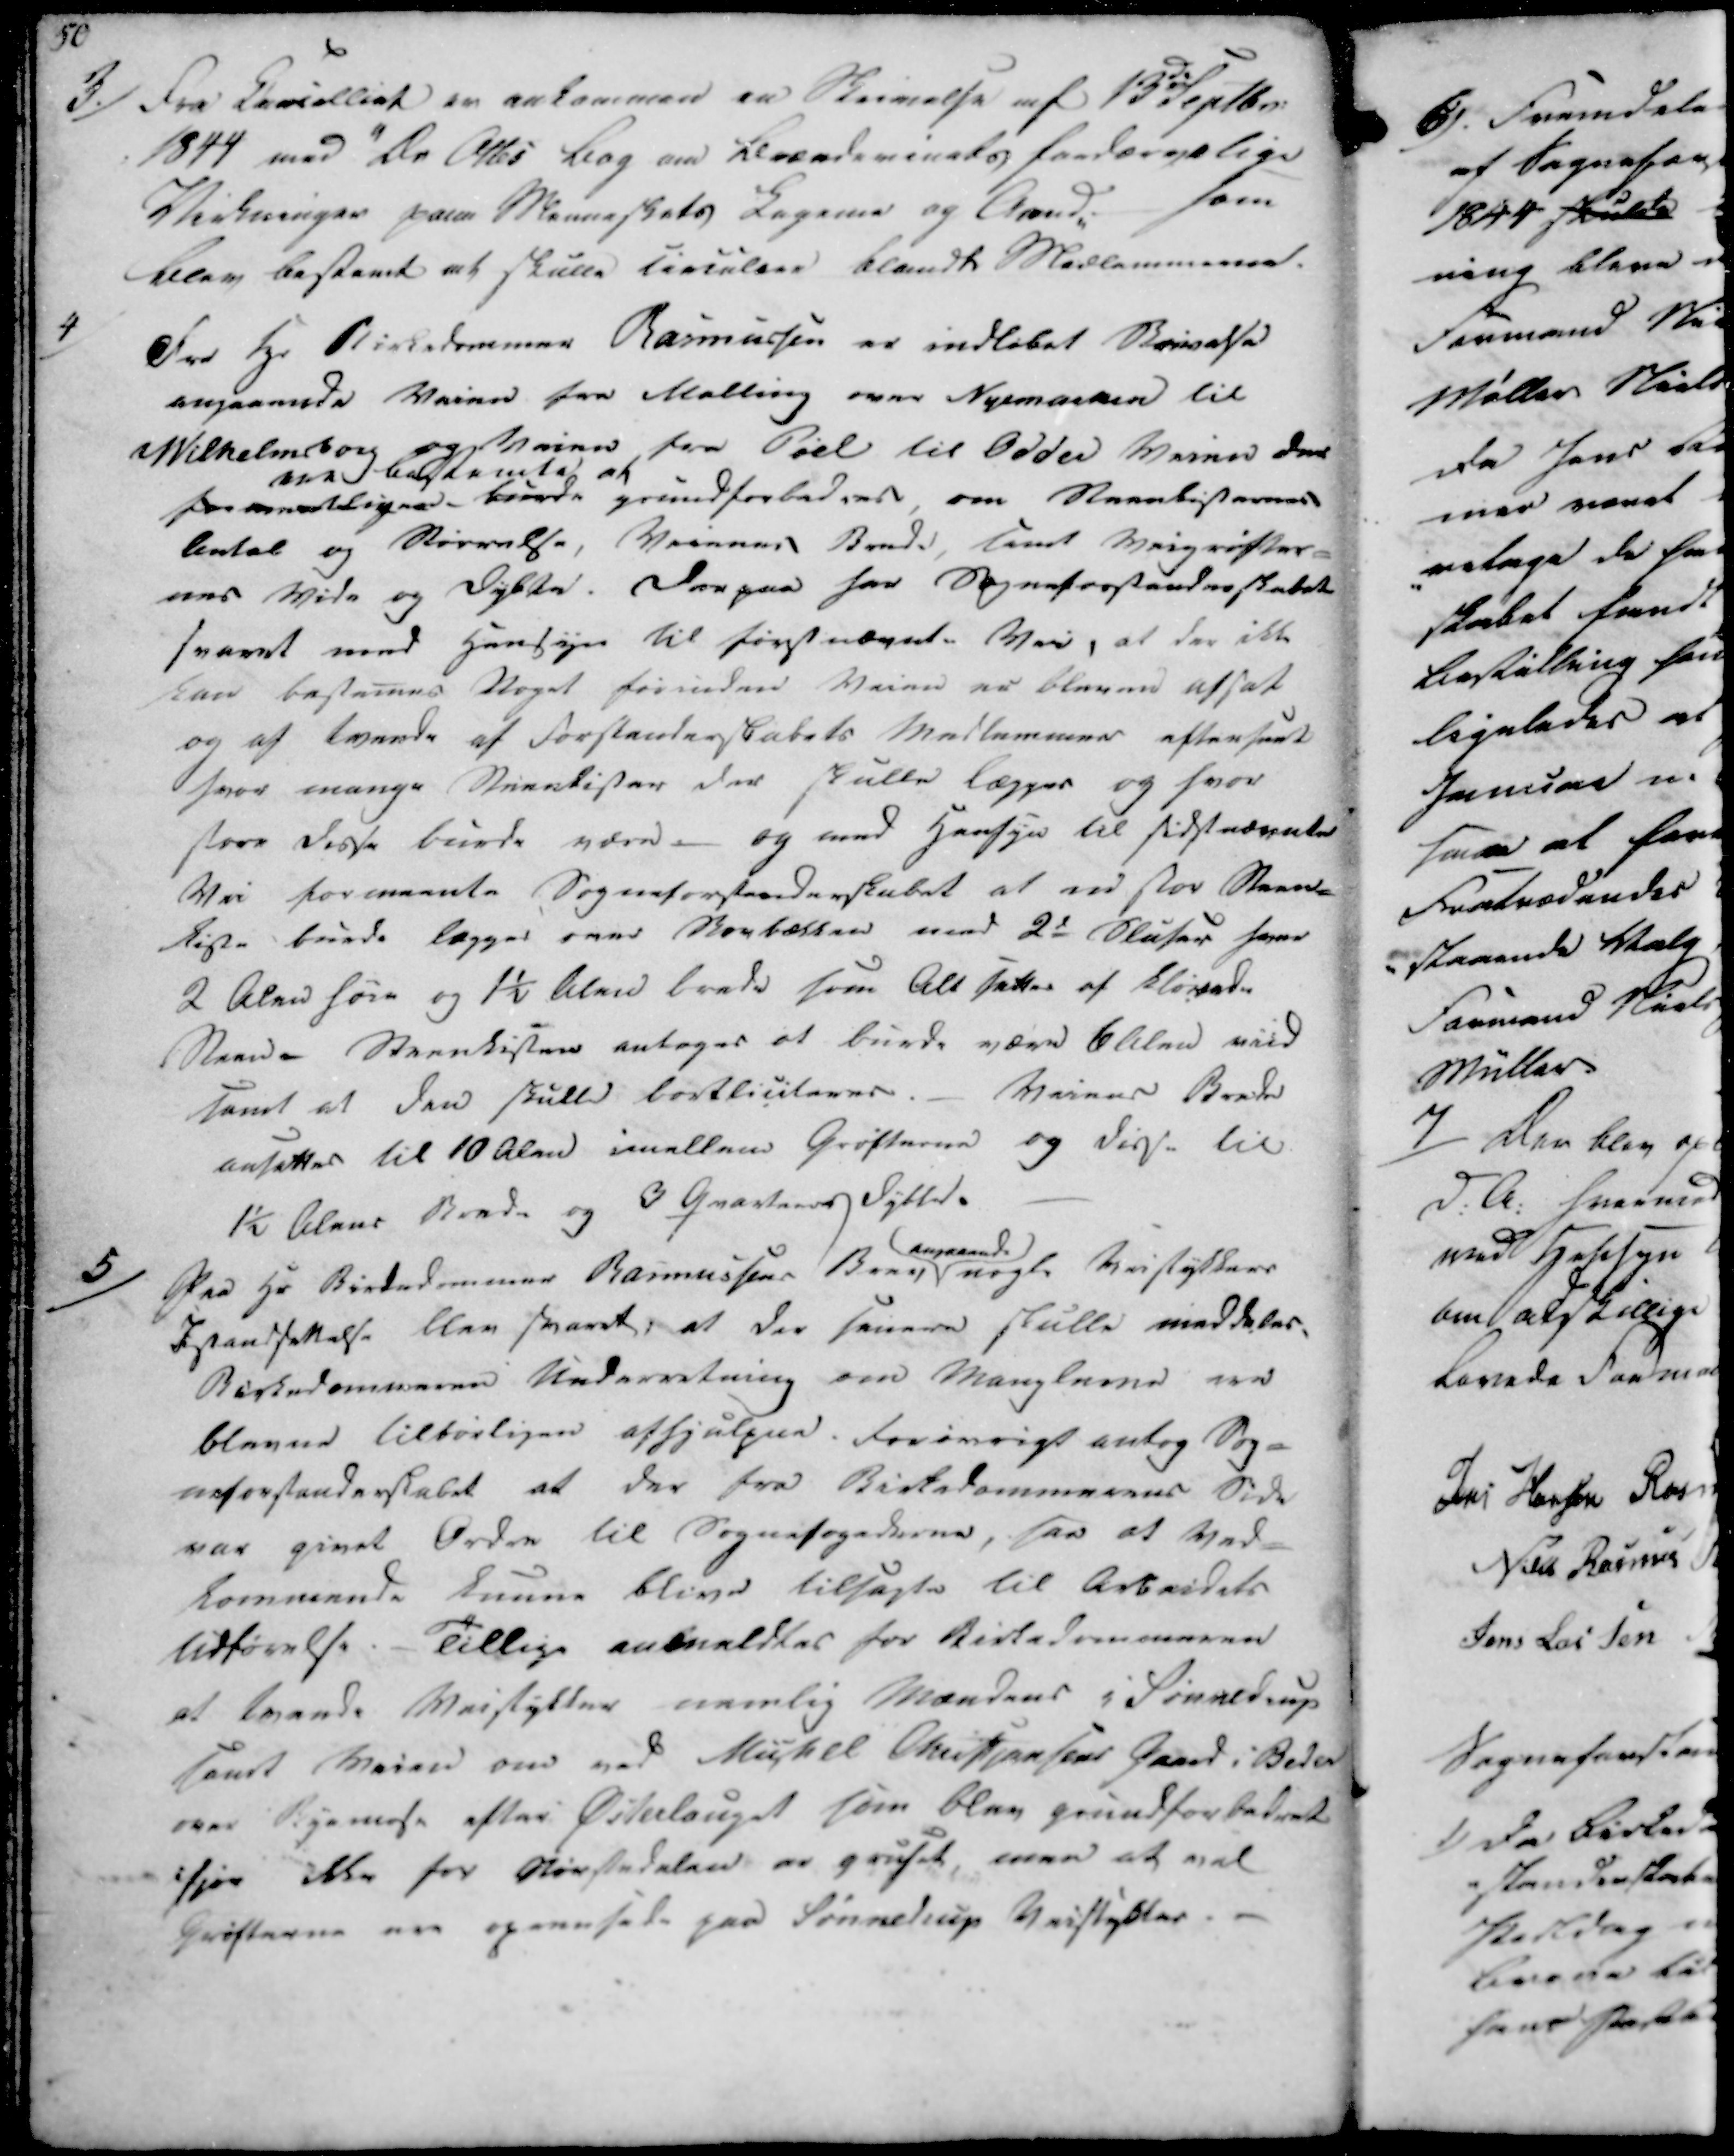
Transskription:
3./

Fra Cancelliet er ankommen en Skrivelse af 13de Septbr
1844 med "De Ottes Bog om Brændevinets fordærvelige
Virkninger paa Menneskets Legeme og Aand". som
blev bestemt at skulle Circulere blandte Medlemmerne.

4)

Fra Hr. Birkedommer Rasmussen er indløbet Skrivelse
angaaende Veien fra Malling over Nyemarken til
Wilhelmsborg og Veien fra Pøel til Odder Veien der
pemnedligne ere bestemte at burde grundforbedres, om Steenkisternes
Antal og Størrelse, Veienes Bende, samt Veigrøfter-
nes Vide og Dybte. Derpaa har Sogneforstanderskabet
svaret med Hensyn til førstnævnte Vei, at der ikke
kan bestemes Noget forinden Veien er bleven afsat
og af tvende af Forstanderskabets Medlemmer efterført
hvor mange Minndkister der skulle lægges og hvor
store disse burde være. Og med Hensyn til sidstnævnte
Vei formente Sogneforstanderskabet at en stor Steen-
kiste burde lægges over Skovbækken med 2d Sluser hvor
2 Alen høie og 1½ Alen brede som Alt sættes af Kløvede
Steen. Steenkisten antages at burde være 6 Alen viid
samt at den skulle bortliciteres.  _ Veiens Brede
ansattes til 10 Alen imellem Grøfterne og dis.. til
1½ Alens Brede og 3 Qvarteens Dybte.

5)

Paa Hr Birkedommer Rasmussens Brev angaaende nogle Veistykkers
Istandsettelse blev svaret, at der senere skulle meddeles
Birkedommeren Underretning om Manglerne ere
bleven tilbørligen afhjulpen. Forøvrigt antog Sog-
neforstanderskabet at der fra Birkedommerens Side
var givet Ordre til Sognefogederne, saa at Ved-
kommende kunne blive tilsagte til Arbeidets
Udførelse. - Tillige anmeldtes for Birkedommeren
at tvende Veistykker nemlig Mandens i Sinnedrup
samt Veien om ved Mikkel Christiansens Gaard i Beder
over Byemose efter Østerlauget som blev grundforbedret
ifjor ikke for Størstedelen er gruset, men at vel
Grøfterne ere oprensede paa Sinnedrup Veistykker.